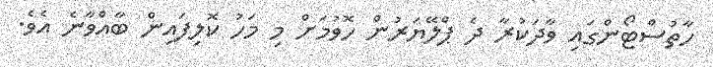
ހާތުސްޓޯންގައި ވާދަކުރާ ދެ ޕްލޭޔަރުން ހޮވުމަށް މި މަހު ކޮލިފައިން ބާއްވާނެ އެވެ.